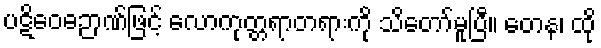
ပဋိဝေဓဉာဏ်ဖြင့် လောကုတ္တရာတရားကို သိတော်မူပြီ။ တေန၊ ထို